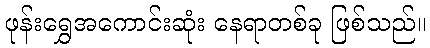
ဖုန်းရွှေအကောင်းဆုံး နေရာတစ်ခု ဖြစ်သည်။